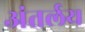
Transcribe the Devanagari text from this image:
अंतर्लय